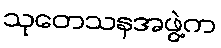
သုတေသနအဖွဲ့က